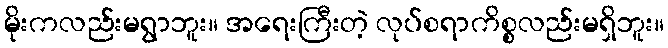
မိုးကလည်းမရွာဘူး။ အရေးကြီးတဲ့ လုပ်စရာကိစ္စလည်းမရှိဘူး။